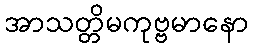
အာသတ္တိမကုဗ္ဗမာနော